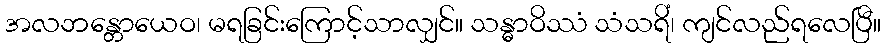
အလဘန္တောယေဝ၊ မရခြင်းကြောင့်သာလျှင်။ သန္ဓာဝိဿံ သံသရိံ၊ ကျင်လည်ရလေပြီ။